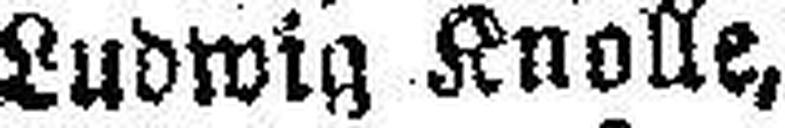
Ludwig Knolle,